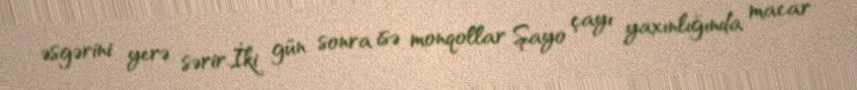
əsgərini yerə sərir.İki gün sonra isə monqollar Şayo çayı yaxınlığında macar